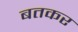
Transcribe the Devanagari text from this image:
बतकर